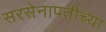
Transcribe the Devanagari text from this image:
सरसेनापतीच्या